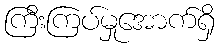
ကြီးကြပ်မှုအောက်ရှိ